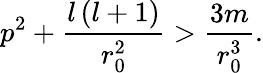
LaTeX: p^{2}+\frac{l\left(l+1\right)}{r_{0}^{2}}>\frac{3m}{r_{0}^{3}}.